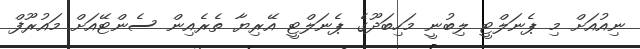
ނިއުއަށް މި ޕެނަލްޓީ ލިބުނީ މަހިބަދޫގެ ޕެނަލްޓީ އޭރިޔާ ތެރެއިން ސެންޓޭއަށް މައުރޫފް